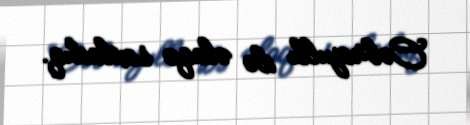
Cəbrayıllı ilə əlaqə saxladıq.